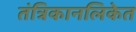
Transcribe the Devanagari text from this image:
तंत्रिकानलिकेत